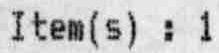
ITEM(S) : 1